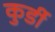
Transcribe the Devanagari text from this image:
कुर्डी